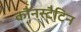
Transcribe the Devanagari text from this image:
कौनस्टैटिन